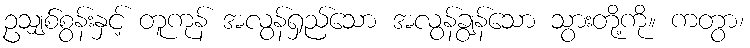
ဥသျှစ်စွန်းနှင့် တူကုန် အလွန်ရှည်သော အလွန်ချွန်သော သွားတို့ကို။ ကတွာ၊